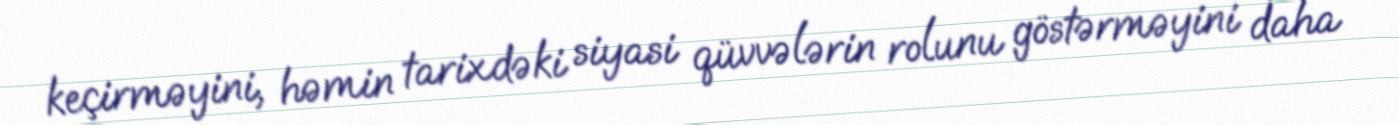
keçirməyini, həmin tarixdəki siyasi qüvvələrin rolunu göstərməyini daha